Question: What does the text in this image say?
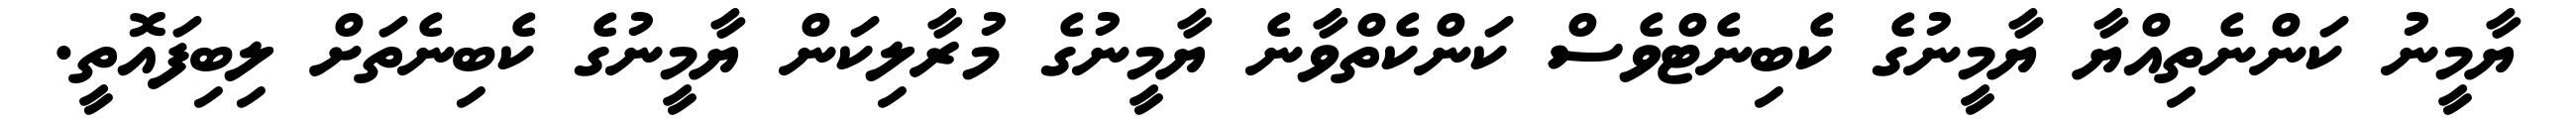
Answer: ޔާމީނު ކަންނެތިއްޔާ ޔާމީނުގެ ކެބިނެޓްވެސް ކަންކެތްވާނެ ޔާމީނުގެ މުރާލިކަން ޔާމީނުގެ ކެބިނެތަށް ލިބިފައޮތީ.